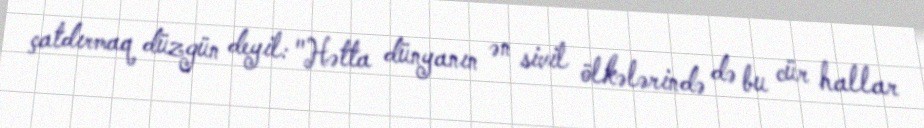
çatdırmaq düzgün deyil: "Hətta dünyanın ən sivil ölkələrində də bu cür hallar